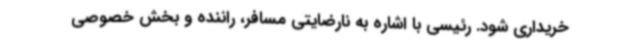
خریداری شود. رئیسی با اشاره به نارضایتی مسافر، راننده و بخش خصوصی